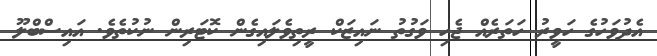
އެދުވަހުގެ ހަވީރު ހަތަރެއް ޖެހި ވަގުތު ނައިޒަކް ރީތިވެލައިގެން ކޮޓަރިން ނުކުތެވެ. އައިސްބްލޫ